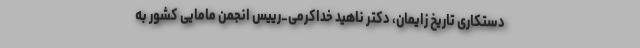
دستکاری تاریخ زایمان، دکتر ناهید خداکرمی_رییس انجمن مامایی کشور به